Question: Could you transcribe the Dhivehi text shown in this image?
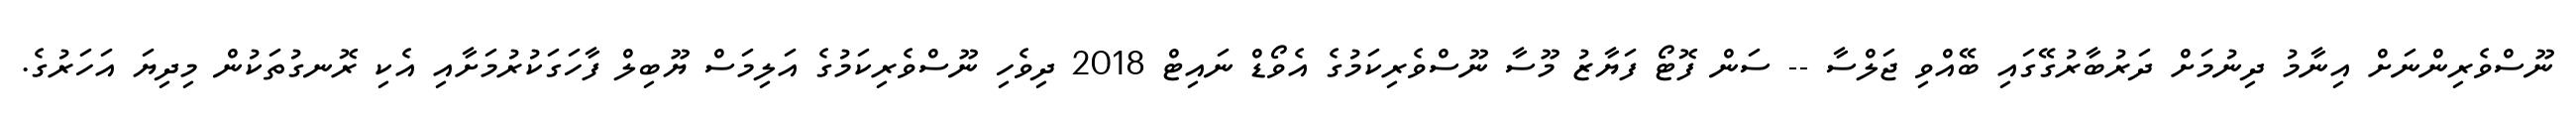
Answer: ނޫސްވެރިންނަށް އިނާމު ދިނުމަށް ދަރުބާރުގޭގައި ބޭއްވި ޖަލްސާ -- ސަން ފޮޓޯ ފަޔާޒު މޫސާ ނޫސްވެރިކަމުގެ އެވޯޑް ނައިޓް 2018 ދިވެހި ނޫސްވެރިކަމުގެ އަލިމަސް ޔޫބިލް ފާހަގަކުރުމަށާއި އެކި ރޮނގުތަކުން މިދިޔަ އަހަރުގެ.